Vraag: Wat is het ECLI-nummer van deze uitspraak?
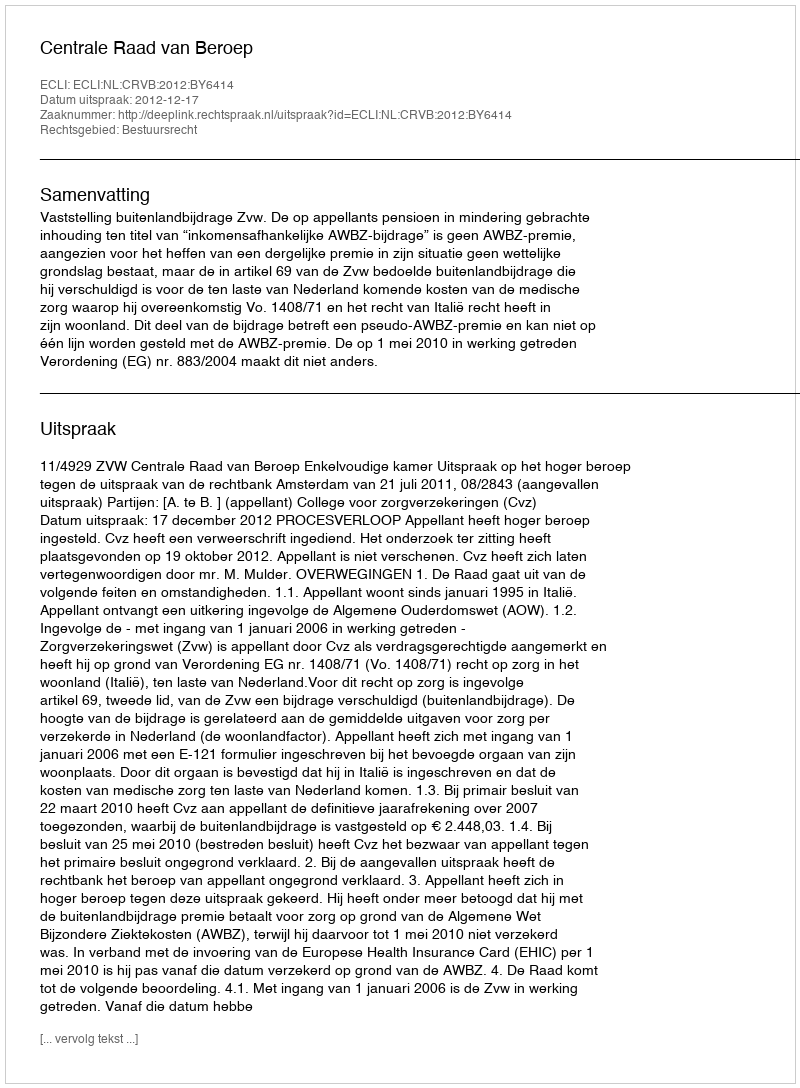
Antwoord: ECLI:NL:CRVB:2012:BY6414